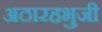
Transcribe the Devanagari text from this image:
अठारहभुजी